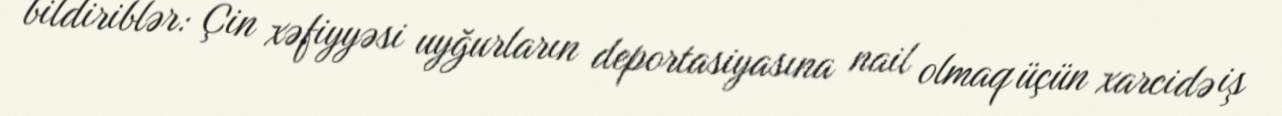
bildiriblər: Çin xəfiyyəsi uyğurların deportasiyasına nail olmaq üçün xarcidə iş